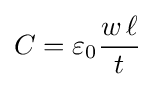
C=\varepsilon _{0}{\frac {w\,\ell }{t}}